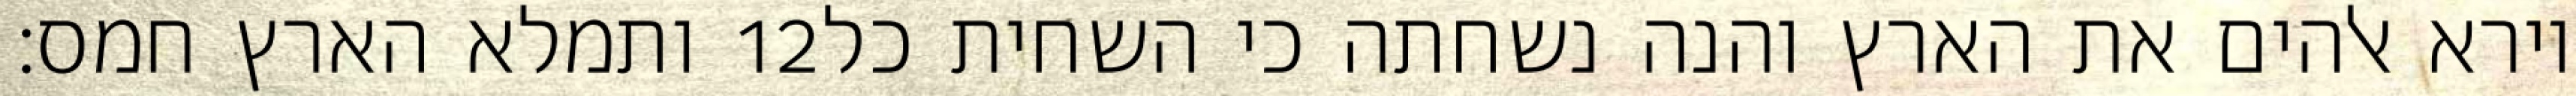
ותמלא הארץ חמס׃ ‎12‏ וירא אלהים את הארץ והנה נשחתה כי השחית כל